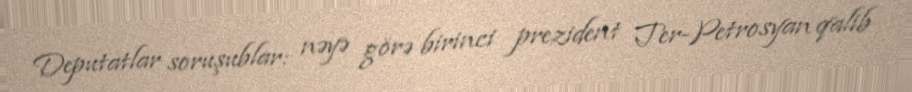
Deputatlar soruşublar: nəyə görə birinci prezident Ter-Petrosyan qalib